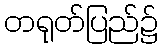
တရုတ်ပြည်၌